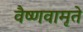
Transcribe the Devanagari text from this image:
वैष्णवामृते